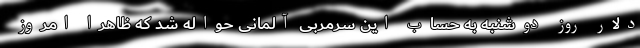
دلار روز دوشنبه به حساب این سرمربی آلمانی حواله شد که ظاهراً امروز